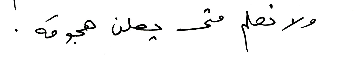
ولا نعلم متى يعلن هجومَه.